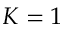
K = 1